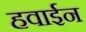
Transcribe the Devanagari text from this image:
हवाईन